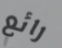
رائع